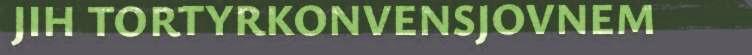
JIH TORTYRKONVENSJOVNEM